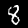
Label: 8